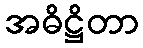
အဓိဋ္ဌိတာ